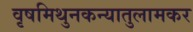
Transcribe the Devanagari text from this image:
वृषमिथुनकन्यातुलामकर